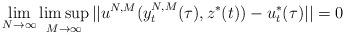
LaTeX: \begin{align*}\lim_{N\rightarrow\infty}\limsup_{M\rightarrow\infty }||u^{N,M}(y^{N,M}_{t} (\tau), z^*(t) ) - u_t^{*}(\tau) ||=0\end{align*}